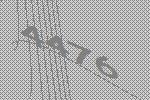
4476